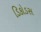
ડિકોડસ